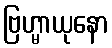
ဗြဟ္မာယုနော